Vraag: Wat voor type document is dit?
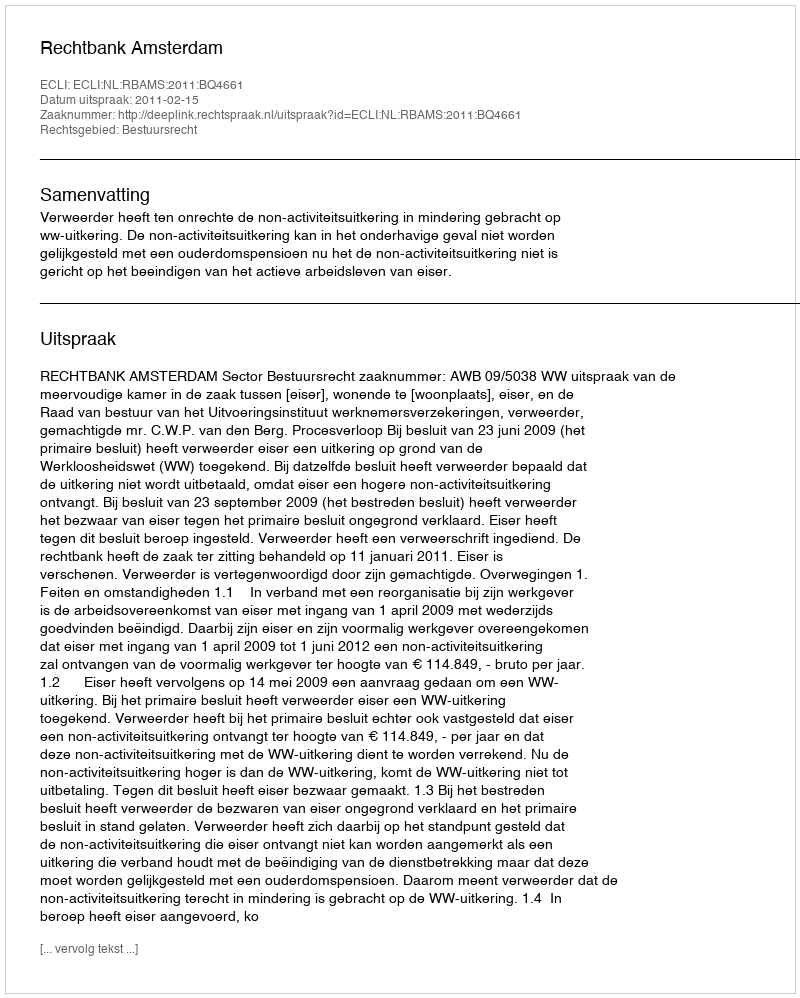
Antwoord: Uitspraak